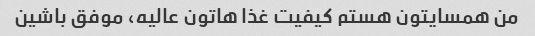
من همسایتون هستم کیفیت غذا هاتون عالیه، موفق باشین